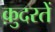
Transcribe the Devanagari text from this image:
क़ुदरतें